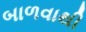
બાળવાથી